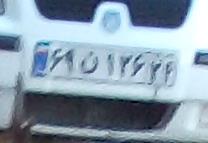
۶۹ن۱۳۶۲۴